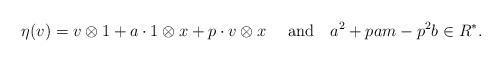
LaTeX: \begin{align*} \eta(v)=v\otimes 1+a \cdot 1\otimes x+p \cdot v\otimes x \ \ \ \ {\rm and} \ \ \ a^2+pam-p^2b\in R^*.\end{align*}